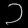
Digit: ၁